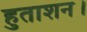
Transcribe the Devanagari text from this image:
हुताशन।